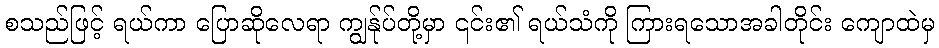
စသည်ဖြင့် ရယ်ကာ ပြောဆိုလေရာ ကျွန်ုပ်တို့မှာ ၎င်း၏ ရယ်သံကို ကြားရသောအခါတိုင်း ကျောထဲမှ